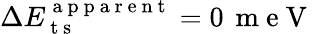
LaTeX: \Delta E_{\mathrm{~t~s~}}^{\mathrm{~a~p~p~a~r~e~n~t~}}=0\, \mathrm{~m~e~V~}